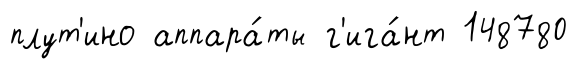
плут'ино аппара́ты г'ига́нт 148780